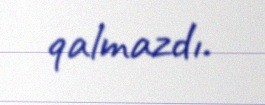
qalmazdı.